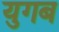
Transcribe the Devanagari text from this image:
युगब